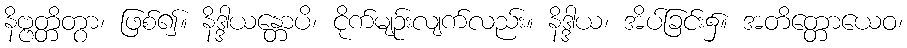
နိဗ္ဗတ္တိတွာ၊ ဖြစ်၍။ နိဒ္ဒါယန္တောပိ၊ ငိုက်မျဉ်းလျက်လည်း။ နိဒ္ဒါယ၊ အိပ်ခြင်း၌။ အတိတ္တောယေဝ၊